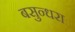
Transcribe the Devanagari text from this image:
बसुन्धरा